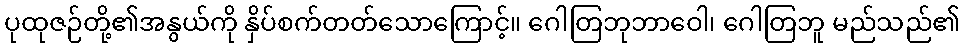
ပုထုဇဉ်တို့၏အနွယ်ကို နှိပ်စက်တတ်သောကြောင့်။ ဂေါတြဘုဘာဝေါ၊ ဂေါတြဘူ မည်သည်၏